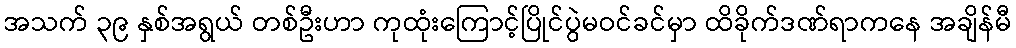
အသက် ၃၉ နှစ်အရွယ် တစ်ဦးဟာ ကုထုံးကြောင့်ပြိုင်ပွဲမဝင်ခင်မှာ ထိခိုက်ဒဏ်ရာကနေ အချိန်မီ